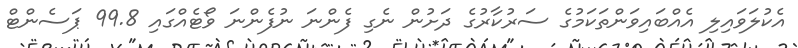
އެކުލަވައިލި އެއްބައިވަންތަކަމުގެ ސަރުކާރުގެ ދަށުން ނެގި ފެންނަ ނުފެންނަ ވޯޓެއްގައި 99.8 ޕަސެންޓް